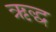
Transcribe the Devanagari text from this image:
ऋद्ध